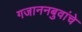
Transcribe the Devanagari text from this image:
गजाननबुवांचे